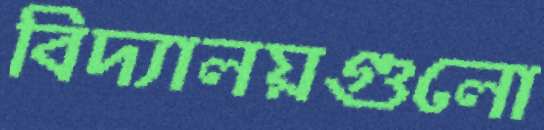
বিদ্যালয়গুলো